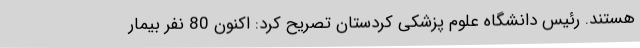
هستند. رئیس دانشگاه علوم پزشکی کردستان تصریح کرد: اکنون 80 نفر بیمار